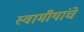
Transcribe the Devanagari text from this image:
स्वामीयांचे